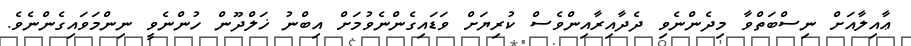
ޢާއިލާއަށް ނިސްބަތްވާ މިދެންނެވި ދެދާއިރާއިންވެސް ކުރިޔަށް ވަޑައިގެންނެވުމަށް އިބްނު ޚަލްދޫން ހުންނެވީ ނިންމަވައިގެންނެވެ.